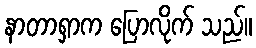
နာတာရှာက ပြောလိုက် သည်။